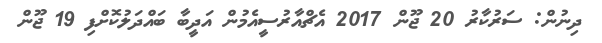
ދިނުން: ސަރުކާރު 20 ޖޫން 2017 އެޗްއާރުސީއެމުން އަދީބާ ބައްދަލުކޮށްފި 19 ޖޫން